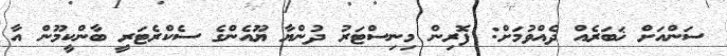
ސަންއަށް ޚަބަރެއް ދެއްވުމަށް: ފޮރިން މިނިސްޓަރު ދުންޔާ ޔޫއެންގެ ސެކްރެޓަރީ ބާންކީމޫން އާ